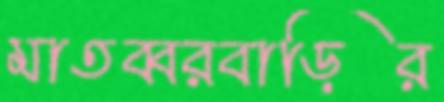
মাতব্বরবাড়ির